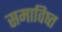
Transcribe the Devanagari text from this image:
समाविष्त